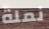
نملة